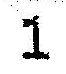
1